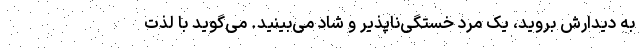
به دیدارش بروید، یک مرد خستگی‌ناپذیر و شاد می‌بینید. می‌گوید با لذت